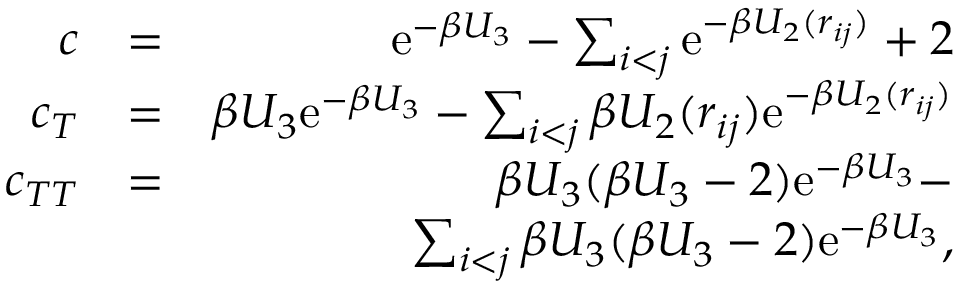
\begin{array} { r l r } { c } & { = } & { \mathrm { e } ^ { - \beta U _ { 3 } } - \sum _ { i < j } \mathrm { e } ^ { - \beta U _ { 2 } ( r _ { i j } ) } + 2 } \\ { c _ { T } } & { = } & { \beta U _ { 3 } \mathrm { e } ^ { - \beta U _ { 3 } } - \sum _ { i < j } \beta U _ { 2 } ( r _ { i j } ) \mathrm { e } ^ { - \beta U _ { 2 } ( r _ { i j } ) } } \\ { c _ { T T } } & { = } & { \beta U _ { 3 } ( \beta U _ { 3 } - 2 ) \mathrm { e } ^ { - \beta U _ { 3 } } - } \\ & { } & { \sum _ { i < j } \beta U _ { 3 } ( \beta U _ { 3 } - 2 ) \mathrm { e } ^ { - \beta U _ { 3 } } , } \end{array}